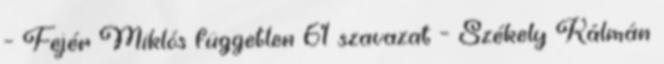
– Fejér Miklós független 61 szavazat – Székely Kálmán